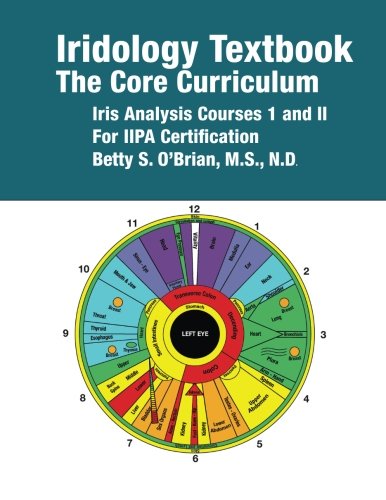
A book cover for Iridology Textbook:  The  Core Curriculum: Iris Analysis Courses I and II  for IIPA Certification; Betty Sue OBrian; Health, Fitness & Dieting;